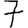
Digit: 7